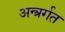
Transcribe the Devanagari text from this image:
अन्त्रर्गत